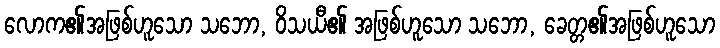
လောက၏အဖြစ်ဟူသော သဘော, ဝိသယီ၏ အဖြစ်ဟူသော သဘော, ခေတ္တ၏အဖြစ်ဟူသော